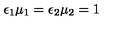
\epsilon _ { 1 } \mu _ { 1 } = \epsilon _ { 2 } \mu _ { 2 } = 1